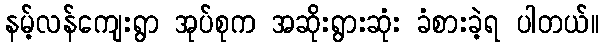
နမ့်လန်ကျေးရွာ အုပ်စုက အဆိုးရွားဆုံး ခံစားခဲ့ရ ပါတယ်။